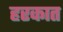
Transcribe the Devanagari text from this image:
हरकात